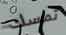
تمسك